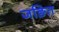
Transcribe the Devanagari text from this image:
जङित